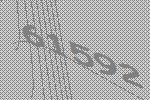
61592